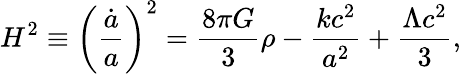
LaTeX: H^{2}\equiv\left({\frac{\dot{a}}{a}}\right)^{2}={\frac{8\pi G}{3}}\rho-{\frac{kc^{2}}{a^{2}}}+{\frac{\Lambda c^{2}}{3}},